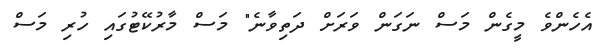
އެހެންވެ މީގެން މަސް ނަގަން ވަރަށް ދަތިވާނެ" މަސް މާރުކޭޓުގައި ހުރި މަސް